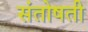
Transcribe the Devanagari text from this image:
संतोषती